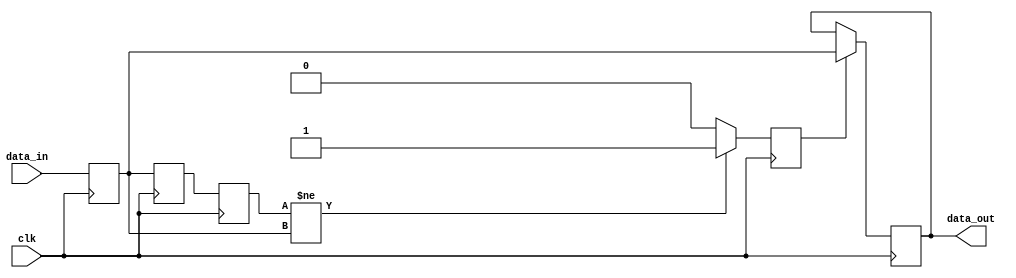
`timescale 1ns / 1ps
//////////////////////////////////////////////////////////////////////////////////
// Company: 
// Engineer: 
// 
// Design Name: 
// Module Name: async_to_sync
// Project Name: 
// Target Devices: 
// Tool Versions: 
// Description: 
// 
// Dependencies: 
// 
// Revision:
// Revision 0.01 - File Created
// Additional Comments:
// 
//////////////////////////////////////////////////////////////////////////////////


module async_to_sync #(
    parameter WIDTH = 4
) (
    input clk,

    input  [WIDTH-1:0] data_in,
    output [WIDTH-1:0] data_out

);

  reg [WIDTH-1:0] data_in0, data_in1, data_in2, data_in3;
  wire data_vary;
  reg  data_vary0;
  assign data_out  = data_in3;
  assign data_vary = (data_in2 != data_in0) ? 1'b1 : 1'b0;
  always @(posedge clk) begin
    data_in0   <= data_in;
    data_in1   <= data_in0;
    data_in2   <= data_in1;
    data_vary0 <= data_vary;
    if (data_vary0) data_in3 <= data_in0;
    else data_in3 <= data_in3;
  end

endmodule